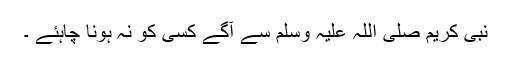
نبی کریم صلی اللہ علیہ وسلم سے آگے کسی کو نہ ہونا چاہئے ۔